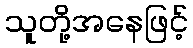
သူတို့အနေဖြင့်